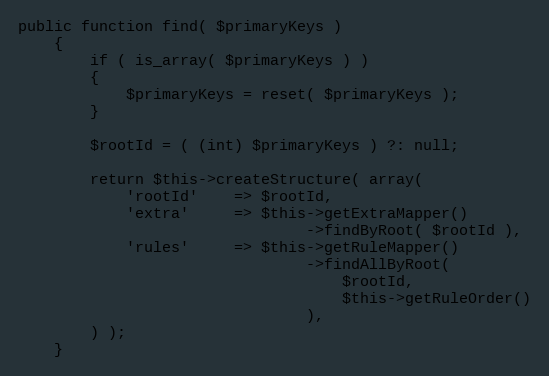
Language: PHP
public function find( $primaryKeys )
    {
        if ( is_array( $primaryKeys ) )
        {
            $primaryKeys = reset( $primaryKeys );
        }

        $rootId = ( (int) $primaryKeys ) ?: null;

        return $this->createStructure( array(
            'rootId'    => $rootId,
            'extra'     => $this->getExtraMapper()
                                ->findByRoot( $rootId ),
            'rules'     => $this->getRuleMapper()
                                ->findAllByRoot(
                                    $rootId,
                                    $this->getRuleOrder()
                                ),
        ) );
    }